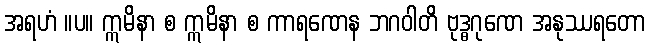
အရဟံ ။ပ။ ဣမိနာ စ ဣမိနာ စ ကာရဏေန ဘဂဝါတိ ဗုဒ္ဓဂုဏေ အနုဿရတော